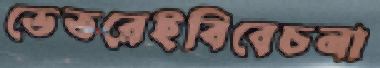
ভেতরেইবিবেচনা